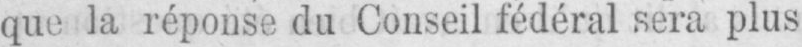
que la réponse du Conseil fédéral sera plus